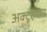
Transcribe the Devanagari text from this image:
अक्टूएशन